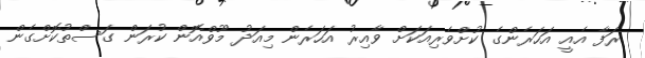
ރަފާ އެއީ އަހަރެންގެ ކުށްވެރިއަކަށް ވާއިރު އަހަރެން މިއަދު މޫވްއޮން ކުރަން ގަސްތުކޮށްގެން